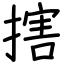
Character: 搳